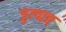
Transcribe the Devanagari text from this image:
ड्डत्द्मत्त्